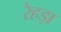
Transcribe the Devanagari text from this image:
रेहड़ा